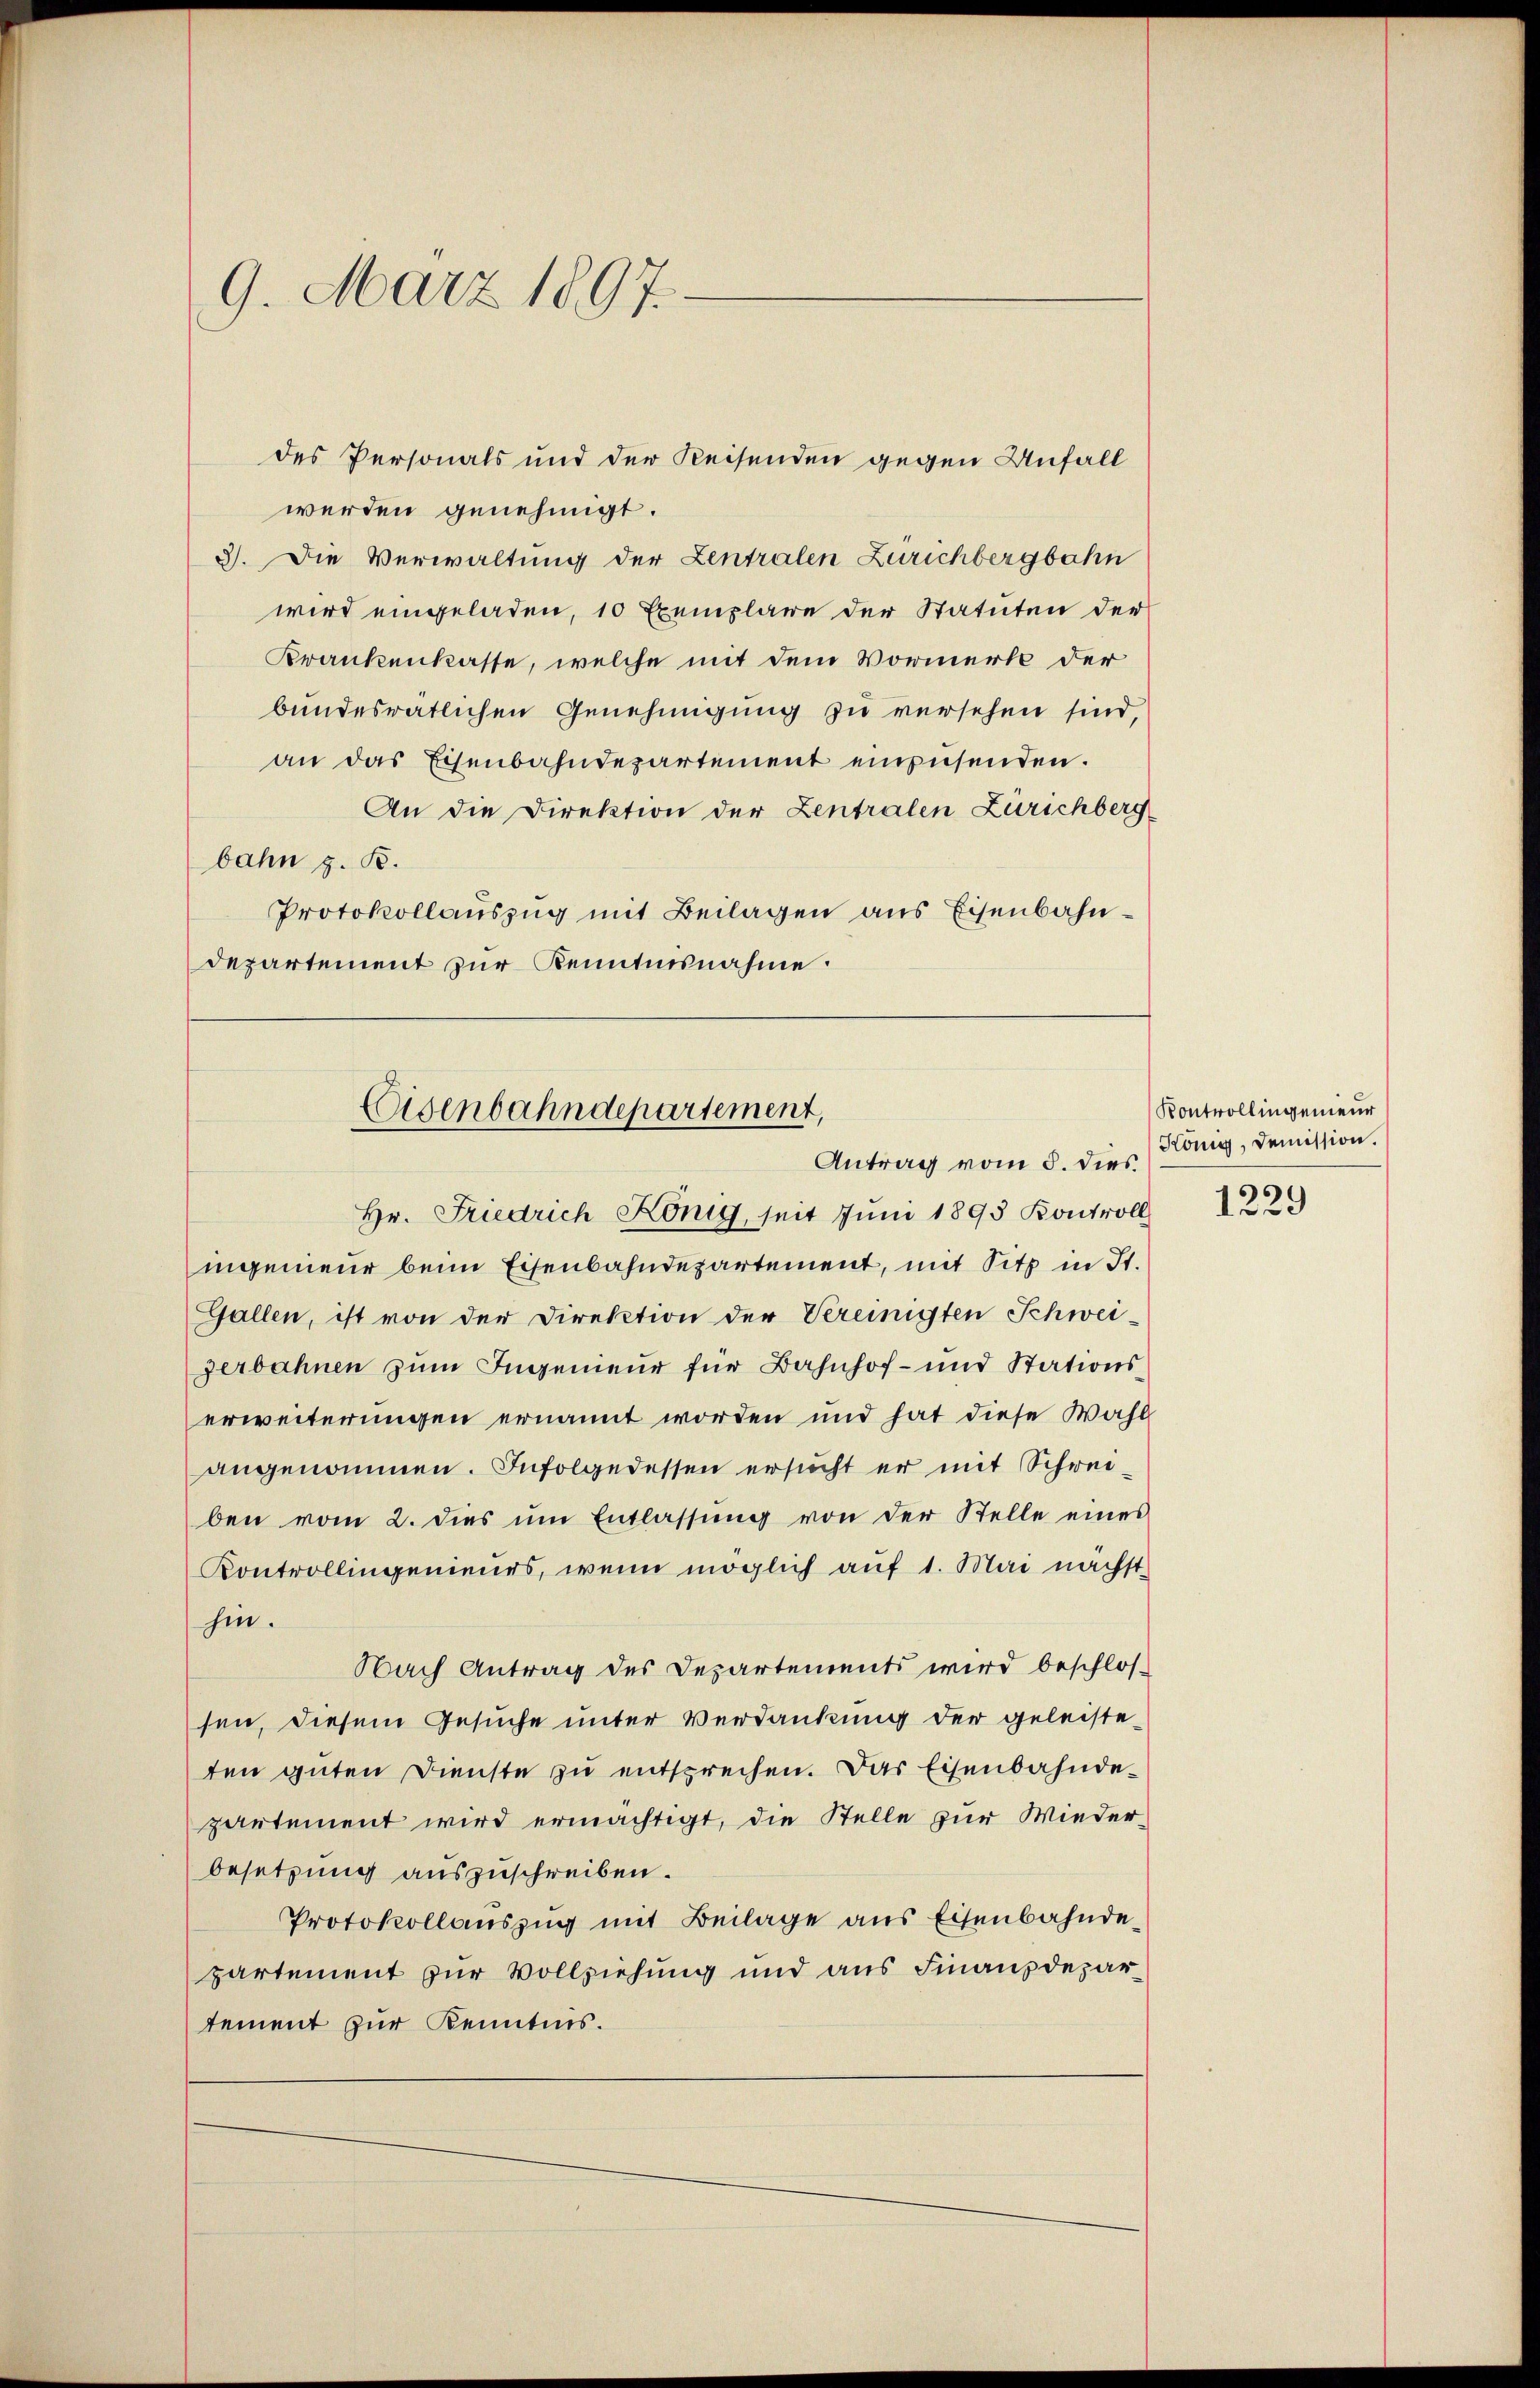
9. März 1897.

des Personals und der Reisenden gegen Unfall
werden genehmigt.
3). Die Verwaltung der Zentralen Zürichbergbahn
wird eingeladen, 10 Exemplare der Statuten der
Krankenkasse, welche mit dem Vormerk der
bundesratlichen Genehmigung zu versehen sind,
an das Eisenbahndepartement einzusenden.
An die Direktion der Zentralen Zürichberg
bahn z. B.
Protokollauszug mit Beilagen aus Eisenbahndepartement zur Kenntnisnahme.

Hr. Friedrich König, seit Jŭni 1893 Kontroll
ingenieur beim Eisenbahndepartement, mit Sitz in St.
Gallen, ist von der Direktion der Vereinigten Schwei-
zerbahnen zum Ingenieur für Bahnhof- und Stationserweiterungen ernannt worden und hat diese Wahl
angenommen. Infolgedessen ersucht er mit Schreiben vom 2. dies um Entlassŭng von der Stelle eines
Kontrollingenieurs, wenn möglich auf 1. Mai nächst
hin.
Nach Antrag des Departements wird beschlos-
sen, diesem Gesuche unter Verdankung der geleisteten guten Dienste zu entsprechen. Das Eisenbahndepartement wird ermächtigt, die Stelle zur Wiederbesetzung auszuschreiben.
Protokollauszug mit Beilage aus Eisenbahndepartement zur Vollziehung und aus Finanzdepartement zur Kenntnis.

Eisenbahndepartement,
Antrag vom 8. dies

Kontrollingenieur
König, Demission.
s
1229